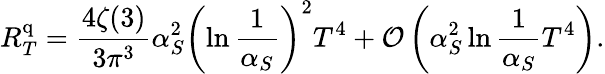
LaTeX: R_{T}^{\mathrm{q}}={\frac{4\zeta(3)}{3\pi^{3}}}\alpha_{S}^{2}\left(\ln{\frac{1}{\alpha_{S}}}\right)^{2}T^{4}+{\cal O}\left(\alpha_{S}^{2}\ln{\frac{1}{\alpha_{S}}}T^{4}\right).